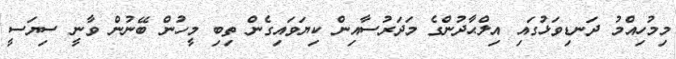
މިމުހިއްމު ދަނޑިވަޅުގައި އިލްޙާދުންގެ މަދަރުސާއިން ކިޔަވައިގެން ތިބި މީހުން ބޭނުން ވާނީ ސިޔަސީ